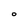
Character: O